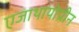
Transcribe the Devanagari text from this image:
एजाथायोप्रीन